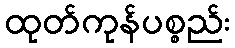
ထုတ်ကုန်ပစ္စည်း